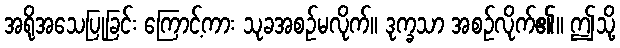
အရိုအသေပြုခြင်း ကြောင့်ကား သုခအစဉ်မလိုက်။ ဒုက္ခသာ အစဉ်လိုက်၏။ ဤသို့